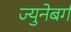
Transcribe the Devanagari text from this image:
ज्युनेबर्ग